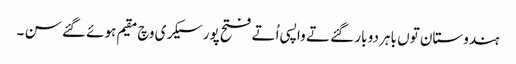
ہندوستان تو‏ں باہر دو بار گئے تے واپسی اُتے فتح پور سیکری وچ مقیم ہوئے گئے سن ۔